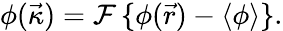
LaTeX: \phi(\vec{\kappa})=\mathcal{F}\, \{ \phi(\vec{r})-\langle\phi\rangle\} .